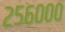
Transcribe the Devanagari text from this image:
२५६०००